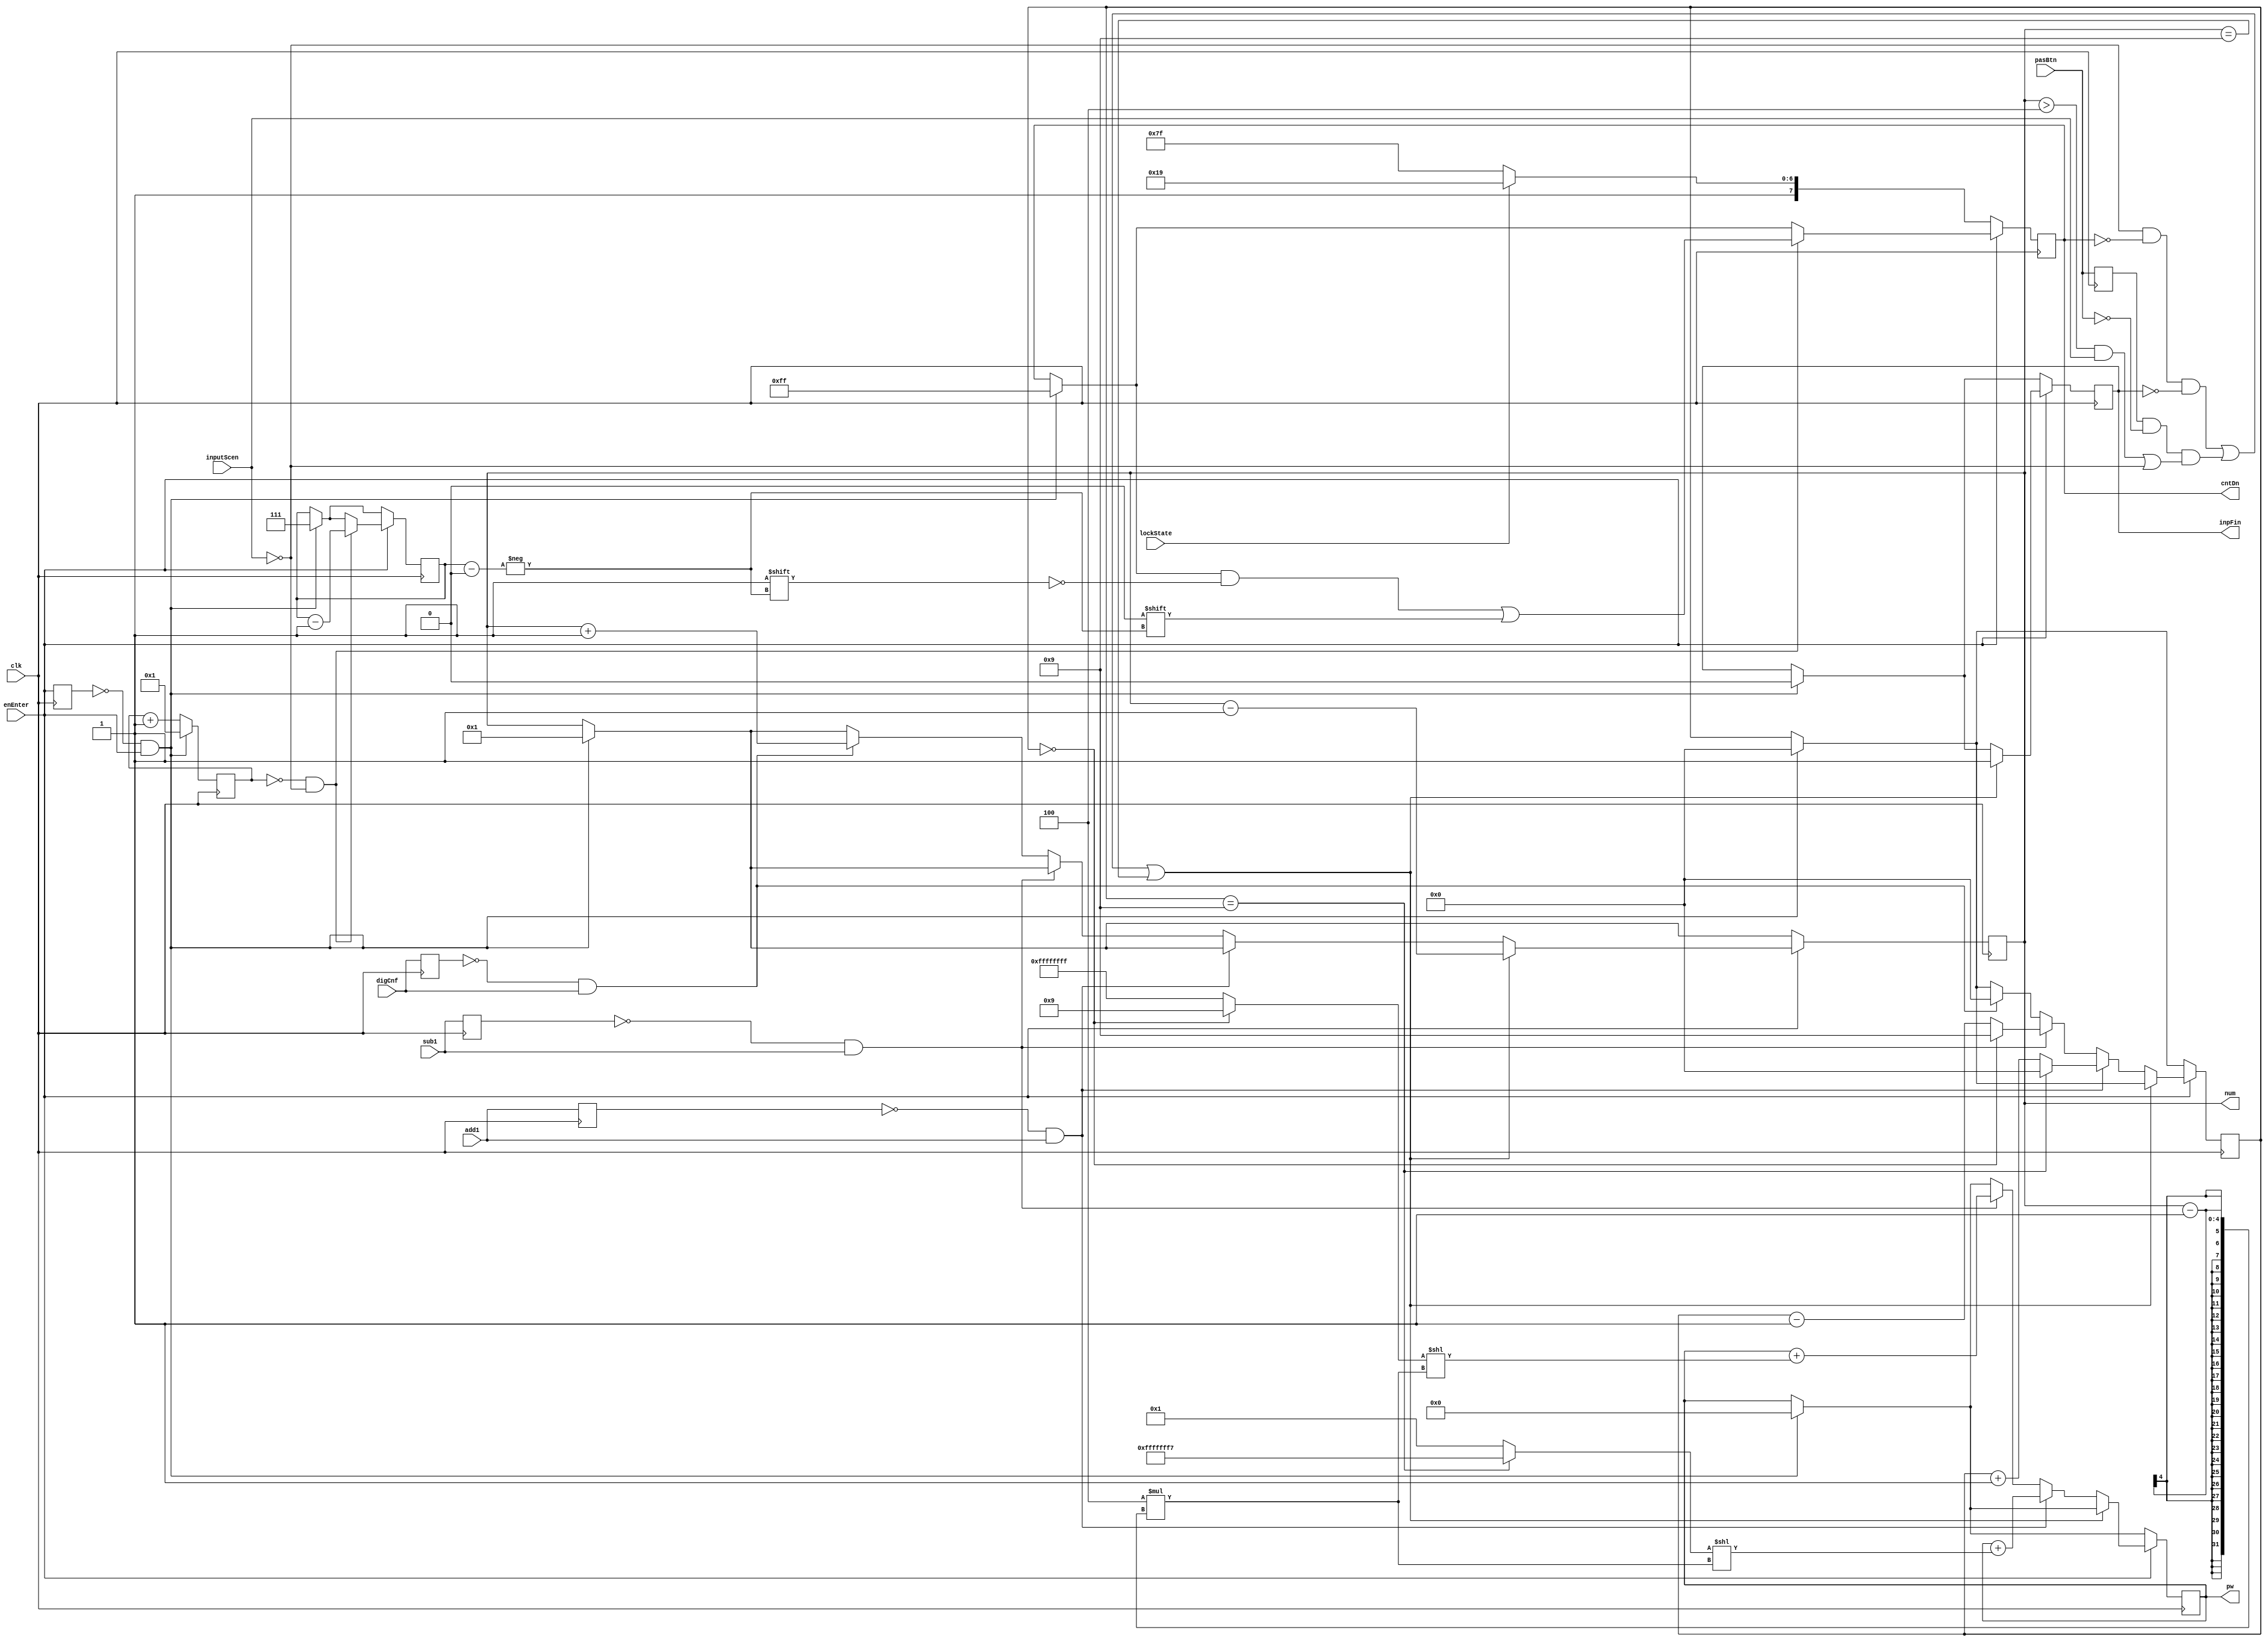
`timescale 1ns / 1ps
//////////////////////////////////////////////////////////////////////////////////
// Company: 
// Engineer: 
// 
// Design Name: 
// Module Name: enterPw
// Project Name: 
// Target Devices: 
// Tool Versions: 
// Description: 
// 
// Dependencies: 
// 
// Revision:
// Revision 0.01 - File Created
// Additional Comments:
// 
//////////////////////////////////////////////////////////////////////////////////


module enterPw(clk, enEnter, add1, sub1, digCnf, pasBtn, inputScen, lockState,
               pw, num, cntDn, inpFin);
               // extinguishEdge, extinguishEdge_d);
    
    reg	[27:0] extinguishCnt;
	// reg	[2:0] extinguishCnt;
    
    input clk;
	input add1;
	input sub1;
	input digCnf;
	input pasBtn;
	input enEnter;
	input inputScen;
	input lockState;
	
	output [31:0] pw;
	output [7:0] cntDn;
	output [3:0] num;
	output inpFin;
	
	reg [3:0] num;
	reg [3:0] cur;
	reg [2:0] rest;
	reg [31:0] pw;
    reg [7:0] cntDn;
	reg inpFin;
	
	reg enEnter_d;
	reg digCnf_d;
	reg	add1_d;
	reg	sub1_d;
   	reg pasBtn_d;
    
	initial begin
		rest <= 7;
		num <= 1'b1;
		pw <= 0;
		cur <= 4'b0000;
		inpFin <= 1'b0;
		cntDn <= 8'b11111111;
		extinguishCnt <= 1'b1;
		
		enEnter_d <= 0;
		digCnf_d <= 0;
		add1_d <= 0;
		sub1_d = 0;
		pasBtn_d <= 0;
	end

    always @(posedge clk) begin
        enEnter_d <= enEnter;
		digCnf_d <= digCnf;
		add1_d <= add1;
		sub1_d <= sub1;
		pasBtn_d <= pasBtn;
	end
    
	always @(posedge clk) begin // delete posedge?
        
		if (enEnter_d == 0 && enEnter == 1) begin
			rest <= 7;
			num <= 1;
			pw <= 0;
			cur <= 4'b0000;
			inpFin <= 0;
			cntDn <= 8'b11111111;
			extinguishCnt <= 1;
		end
		else begin
			extinguishCnt <= extinguishCnt + 1'b1;
		end
    
		if (enEnter) begin
			if ( (inputScen == 0 && !cntDn && !inpFin) || 
			     (pasBtn_d && !pasBtn && ((num > 4 && inputScen == 1) || inputScen == 0)) || 
			     (num == 8 + 1) ) begin
				// if times' up OR password button is pushed OR password length reaches 8
				num <= num - 1'b1;
				inpFin <= 1;
			end
			else if (!add1_d && add1) begin
				pw <= pw + ((cur == 9 ? -9 : 1) << (4 * (num - 1)));
				cur <= (cur == 9) ? 0 : cur + 1;
			end
			else if (!sub1_d && sub1) begin
				pw <= pw + ((cur == 0 ? 9 : -1) << (4 * (num - 1)));
				cur <= (cur == 0) ? 9 : cur - 1;
			end 
			else if (!digCnf_d && digCnf) begin
				cur <= 4'b0000;
				num <= num + 1'b1;
			end
			
			if (extinguishCnt == 0 && inputScen == 0) begin
				// extinguish a LED light used for count down
				cntDn[rest] <= 0;
				rest <= rest - 1;
			end
			
		end
		
		else begin  // enEnter = 0
		    cntDn <= (lockState == 1) ? 8'b10011001 : 8'b11111111;
		end
    
	end

endmodule